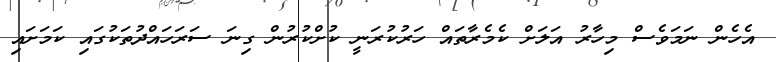
އެހެން ނަމަވެސް މިހާރު އަލަށް ކެމެރާތައް ހަރުކުރަނީ ކުށްކުރުން ގިނަ ސަރަހައްދުތަކުގައި ކަމަށައި